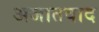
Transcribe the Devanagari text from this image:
अजातवाद